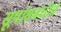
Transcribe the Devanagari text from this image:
सूर्यासंबंधीचे